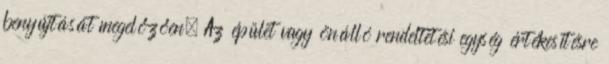
benyújtását megelőzően. Az épület vagy önálló rendeltetési egység értékesítésre